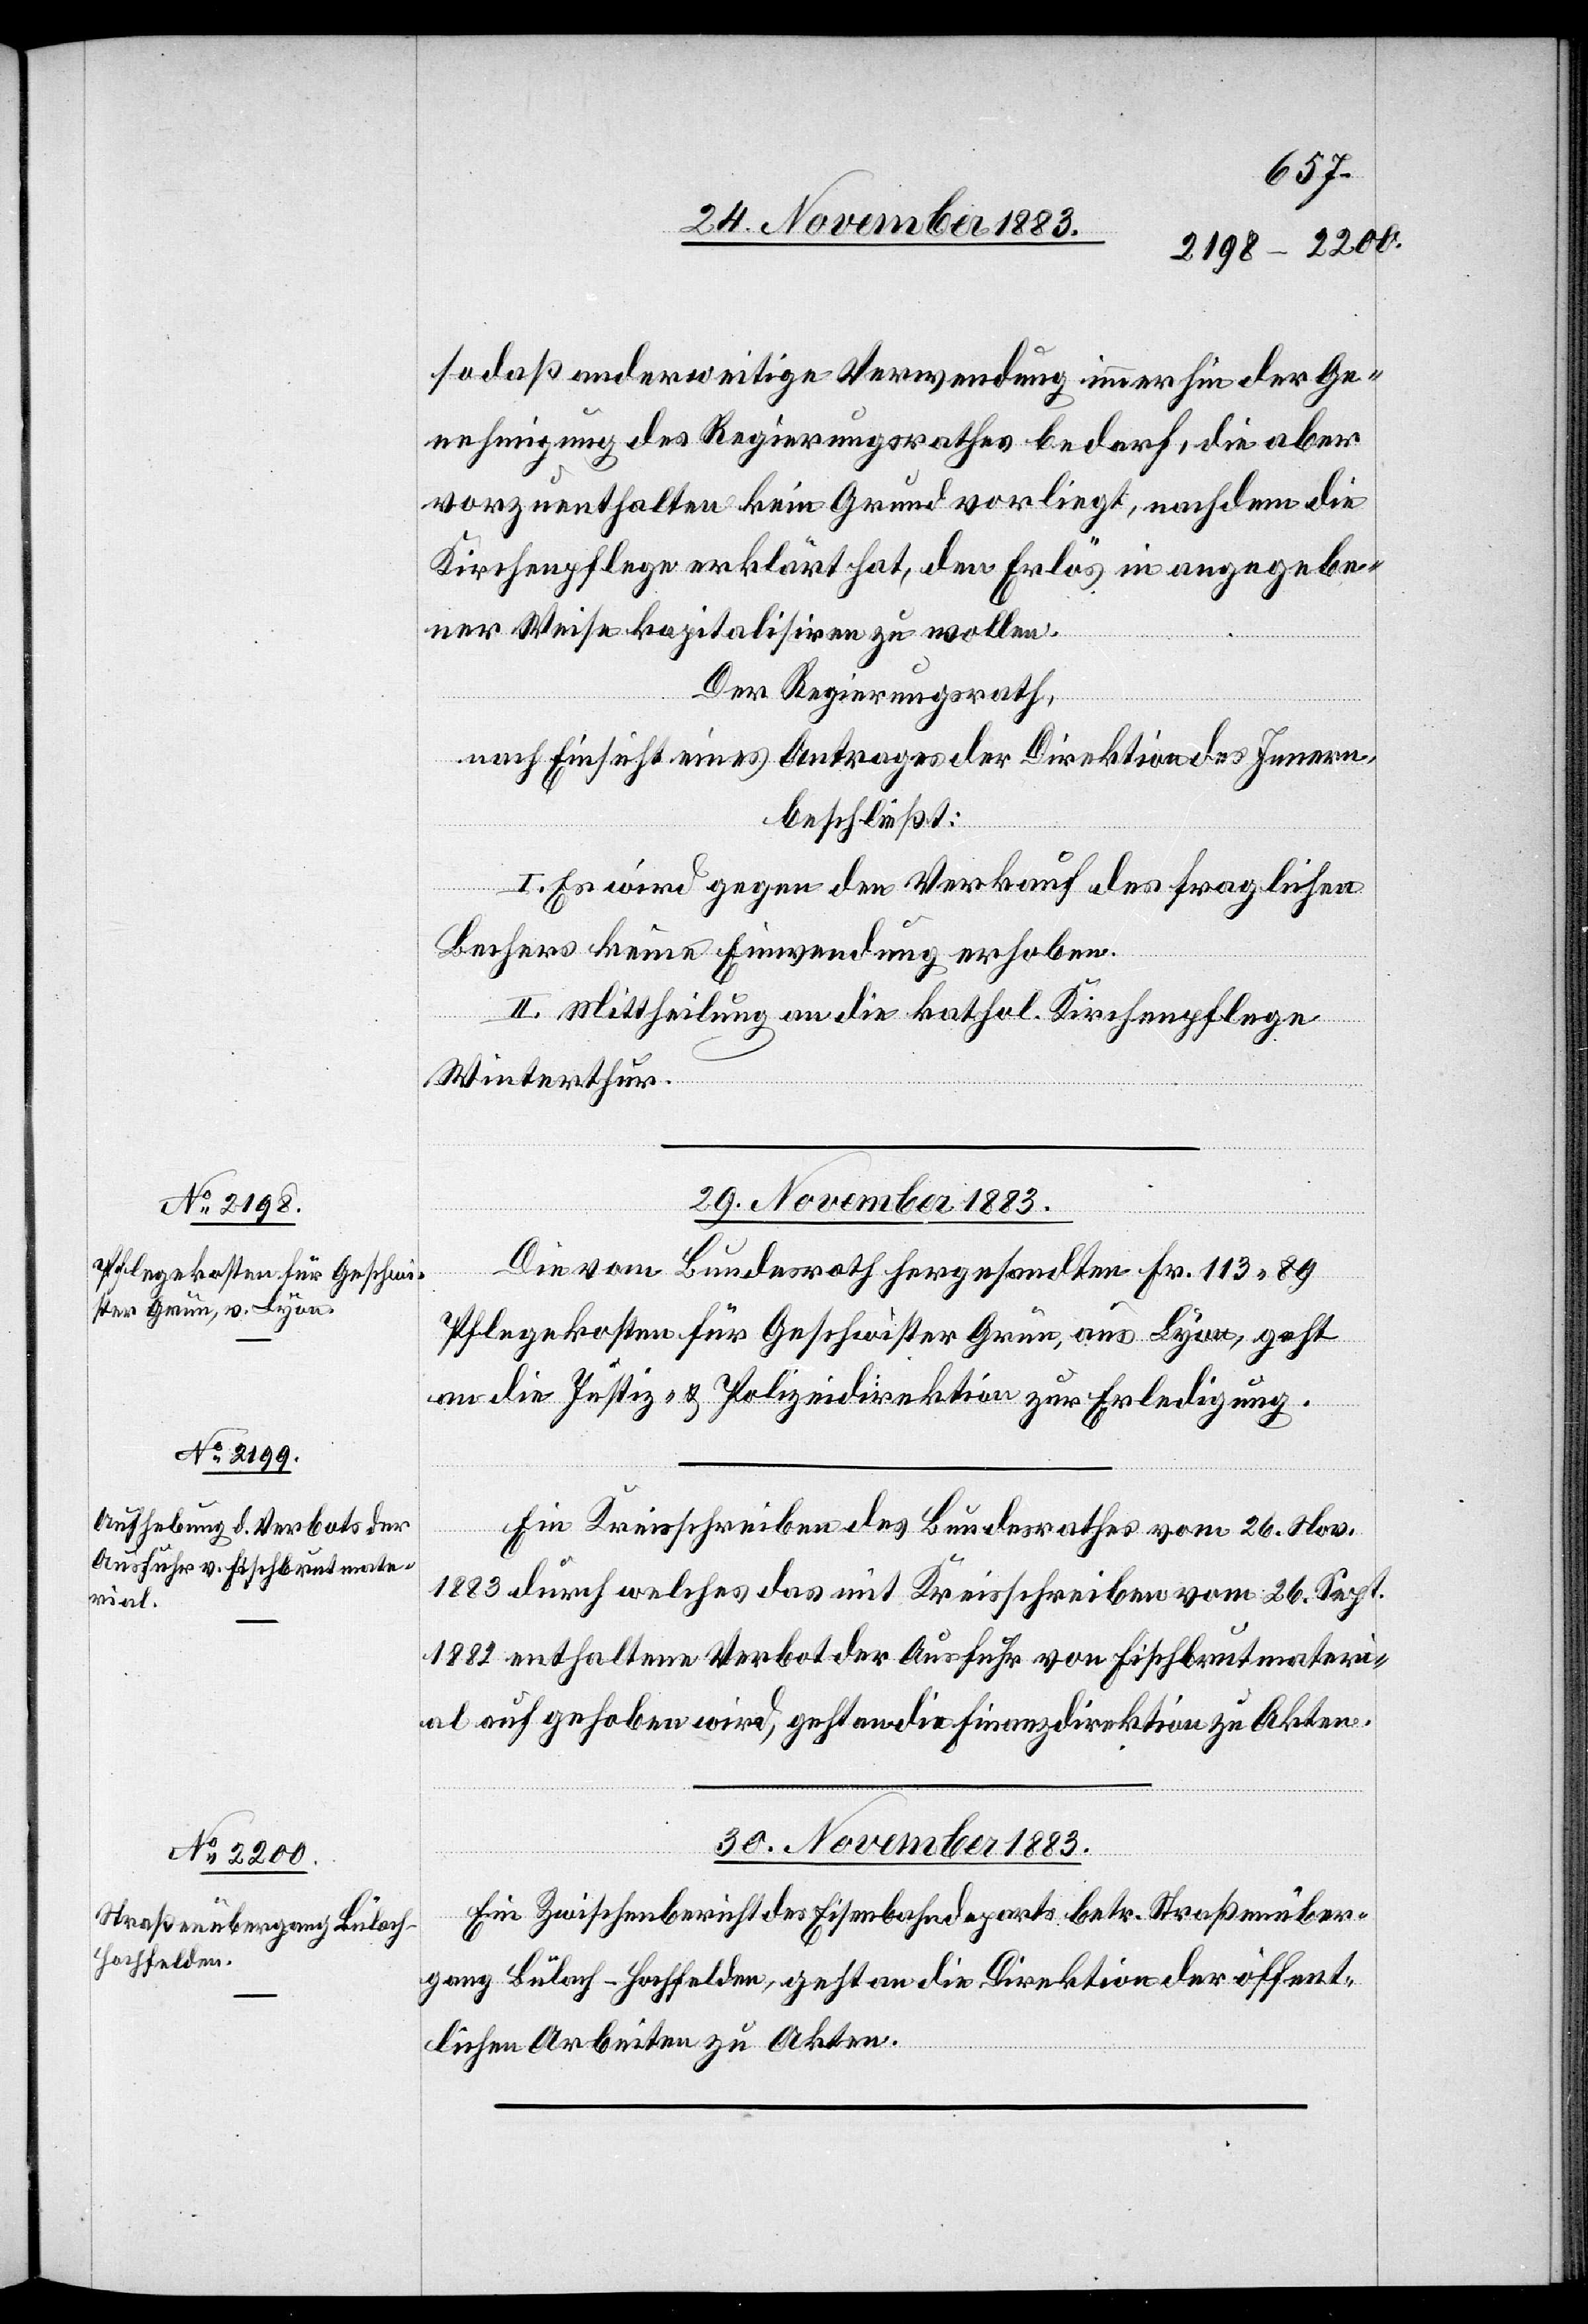
29. November 1883.]
so daß anderweitige Verwendung immerhin der Ge¬
nehmigung des Regierungsrathes bedarf, die aber
vorzuenthalten kein Grund vorliegt, nachdem die
Kirchenpflege erklärt hat, den Erlös in angegebe¬
ner Weise kapitalisiren zu wollen.
Der Regierungsrath,
nach Einsicht eines Antrages der Direktion des Innern,
beschließt:
I. Es wird gegen den Verkauf des fraglichen
Bechers keine Einwendung erhoben.
II. Mittheilung an die kathol. Kirchenpflege
Winterthur.
Die vom Bundesrath hergesandten Fr. 113 89
Pflegekosten für Geschwister Grün, aus Lyon, geht
an die Justiz- & Polizeidirektion zur Erledigung.
Ein Kreisschreiben des Bundesrathes vom 26. Nov.
1883 durch welches das mit Kreisschreiben vom 26. Sept.
1882 enthaltene Verbot der Ausfuhr von Fischbrutmateri¬
al aufgehoben wird, geht an die Finanzdirektion zu Akten.
30. November 1883.
Ein Zwischenbericht des Eisenbahndeparts [sic!] betr. Straßenüber¬
gang Bülach–Hochfelden, geht an die Direktion der öffent¬
lichen Arbeiten zu Akten.